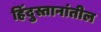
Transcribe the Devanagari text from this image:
हिंदुस्तानांतील